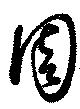
周